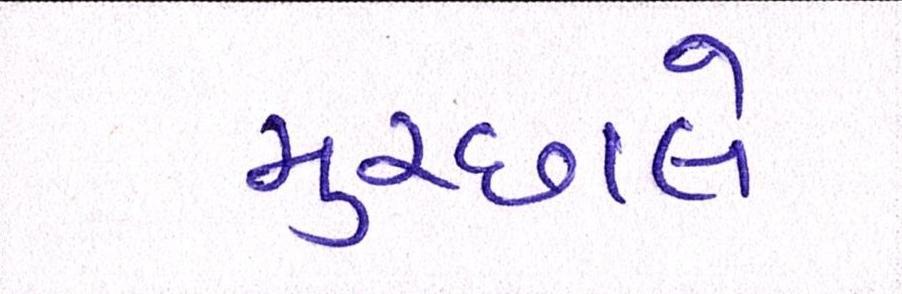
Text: મુચ્છાલે